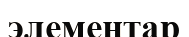
элементар